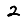
Digit: 2